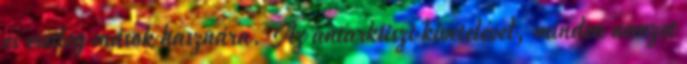
és esetleg mások hasznára. Az antarktiszi kivételével, minden nemzet